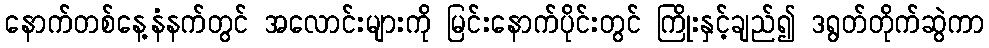
နောက်တစ်နေ့နံနက်တွင် အလောင်းများကို မြင်းနောက်ပိုင်းတွင် ကြိုးနှင့်ချည်၍ ဒရွတ်တိုက်ဆွဲကာ